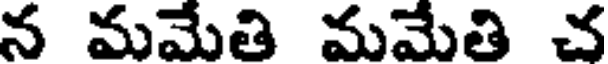
న మమేతి మమేతి చ